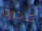
محررة